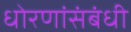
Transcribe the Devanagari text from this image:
धोरणांसंबंधी